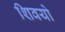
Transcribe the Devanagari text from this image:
शिवयो